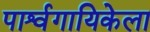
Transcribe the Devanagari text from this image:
पार्श्वगायिकेला